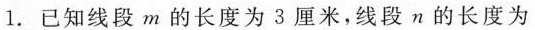
1.已知线段m的长度为3厘米，线段n的长度为